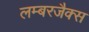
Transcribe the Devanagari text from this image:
लम्बरजैक्स